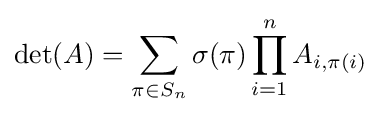
\det(A)=\sum _{\pi \in S_{n}}\sigma (\pi )\prod _{i=1}^{n}A_{i,\pi (i)}